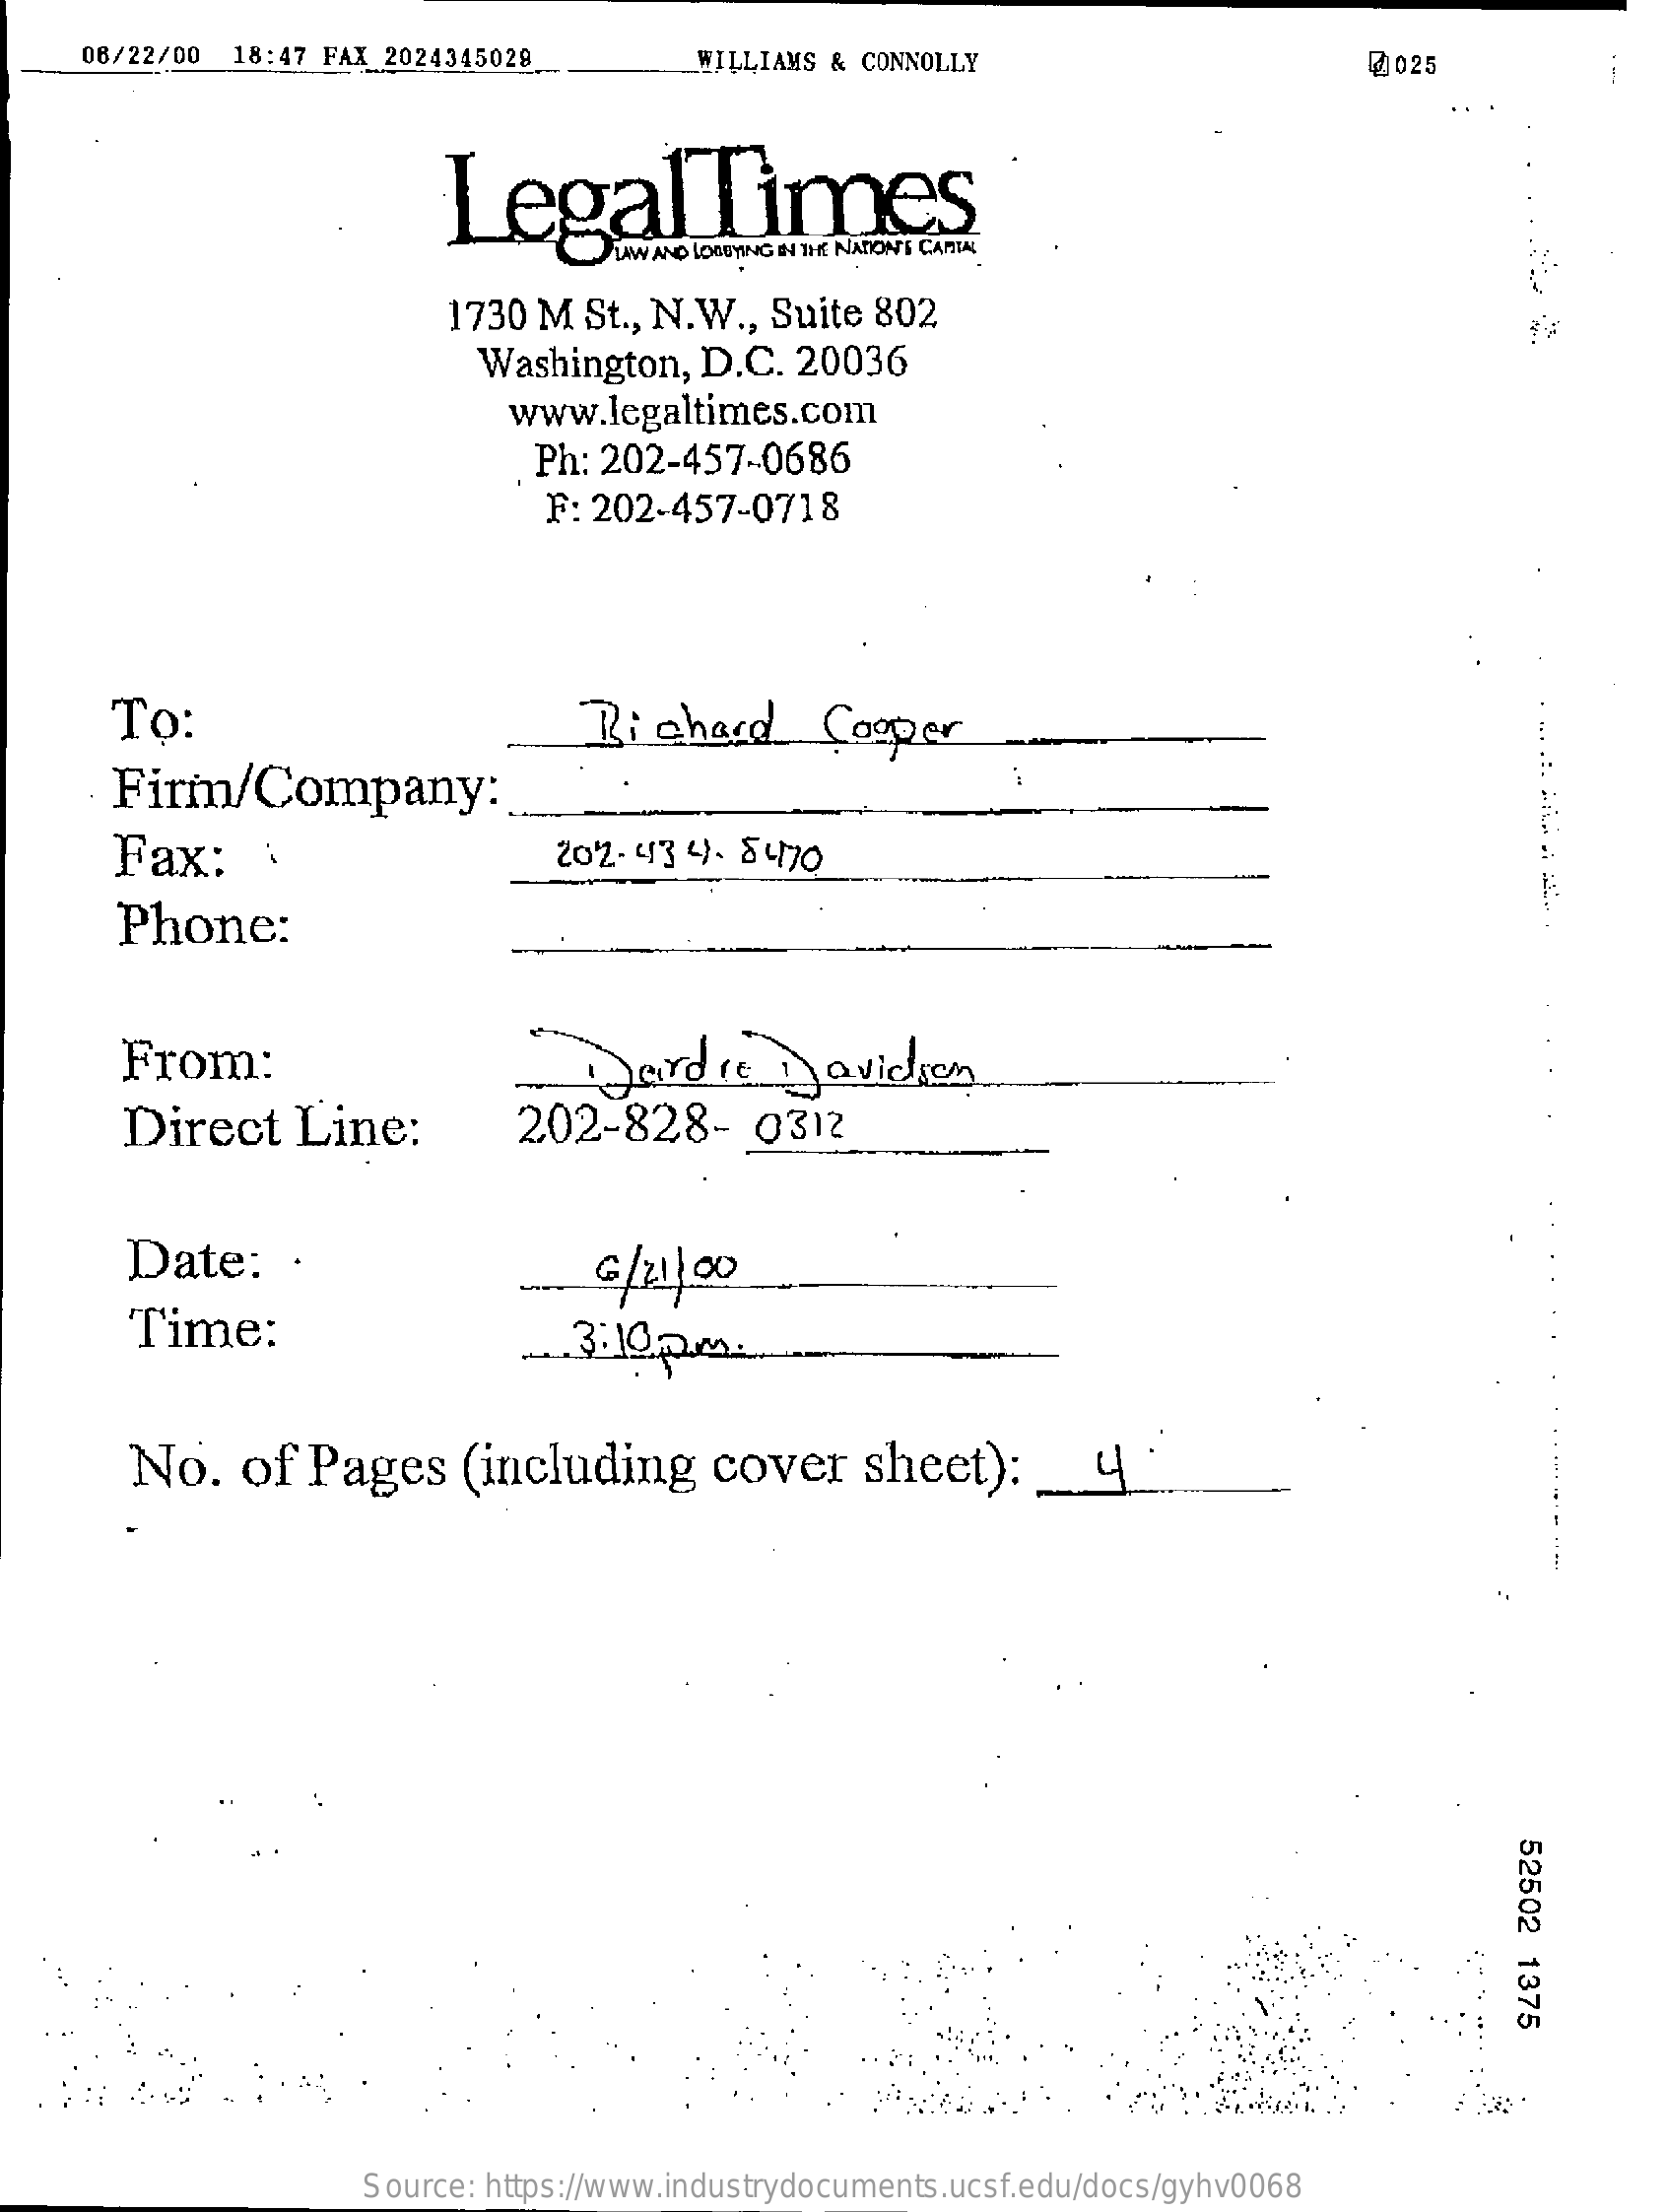
06/22/00  18:47 FAX 2024345028    WILLIAMS & CONNOLLY    @ 025
     LegalTimes
     LAW AND LOBBYING IN THE NADON'T CANTAL
     1730 M  St ., N.W ., Suite 802
     Washington,   D.C.  20036
     www.legaltimes.com
     Ph: 202-457-0686
     F: 202-457-0718
     To:    Richard    Cooper
     Firm/Company:
     Fax:    :    202- 43 4-  8470
     Phone:
     From:    Dardie    Davidson
     Direct    Line:    202-828-    0312
     Date:    ·    € /211.00
     Time:
     No.    of  Pages    (including    cover    sheet):    _   4  :
     52502
     1375
     Source: https://www.industrydocuments.ucsf.edu/docs/gyhv0068